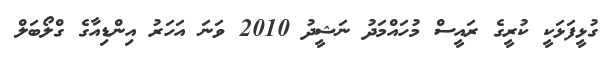
ގުޅީފަޅަކީ ކުރީގެ ރައީސް މުހައްމަދު ނަޝީދު 2010 ވަނަ އަހަރު އިންޑިއާގެ ގްލޯބަލް